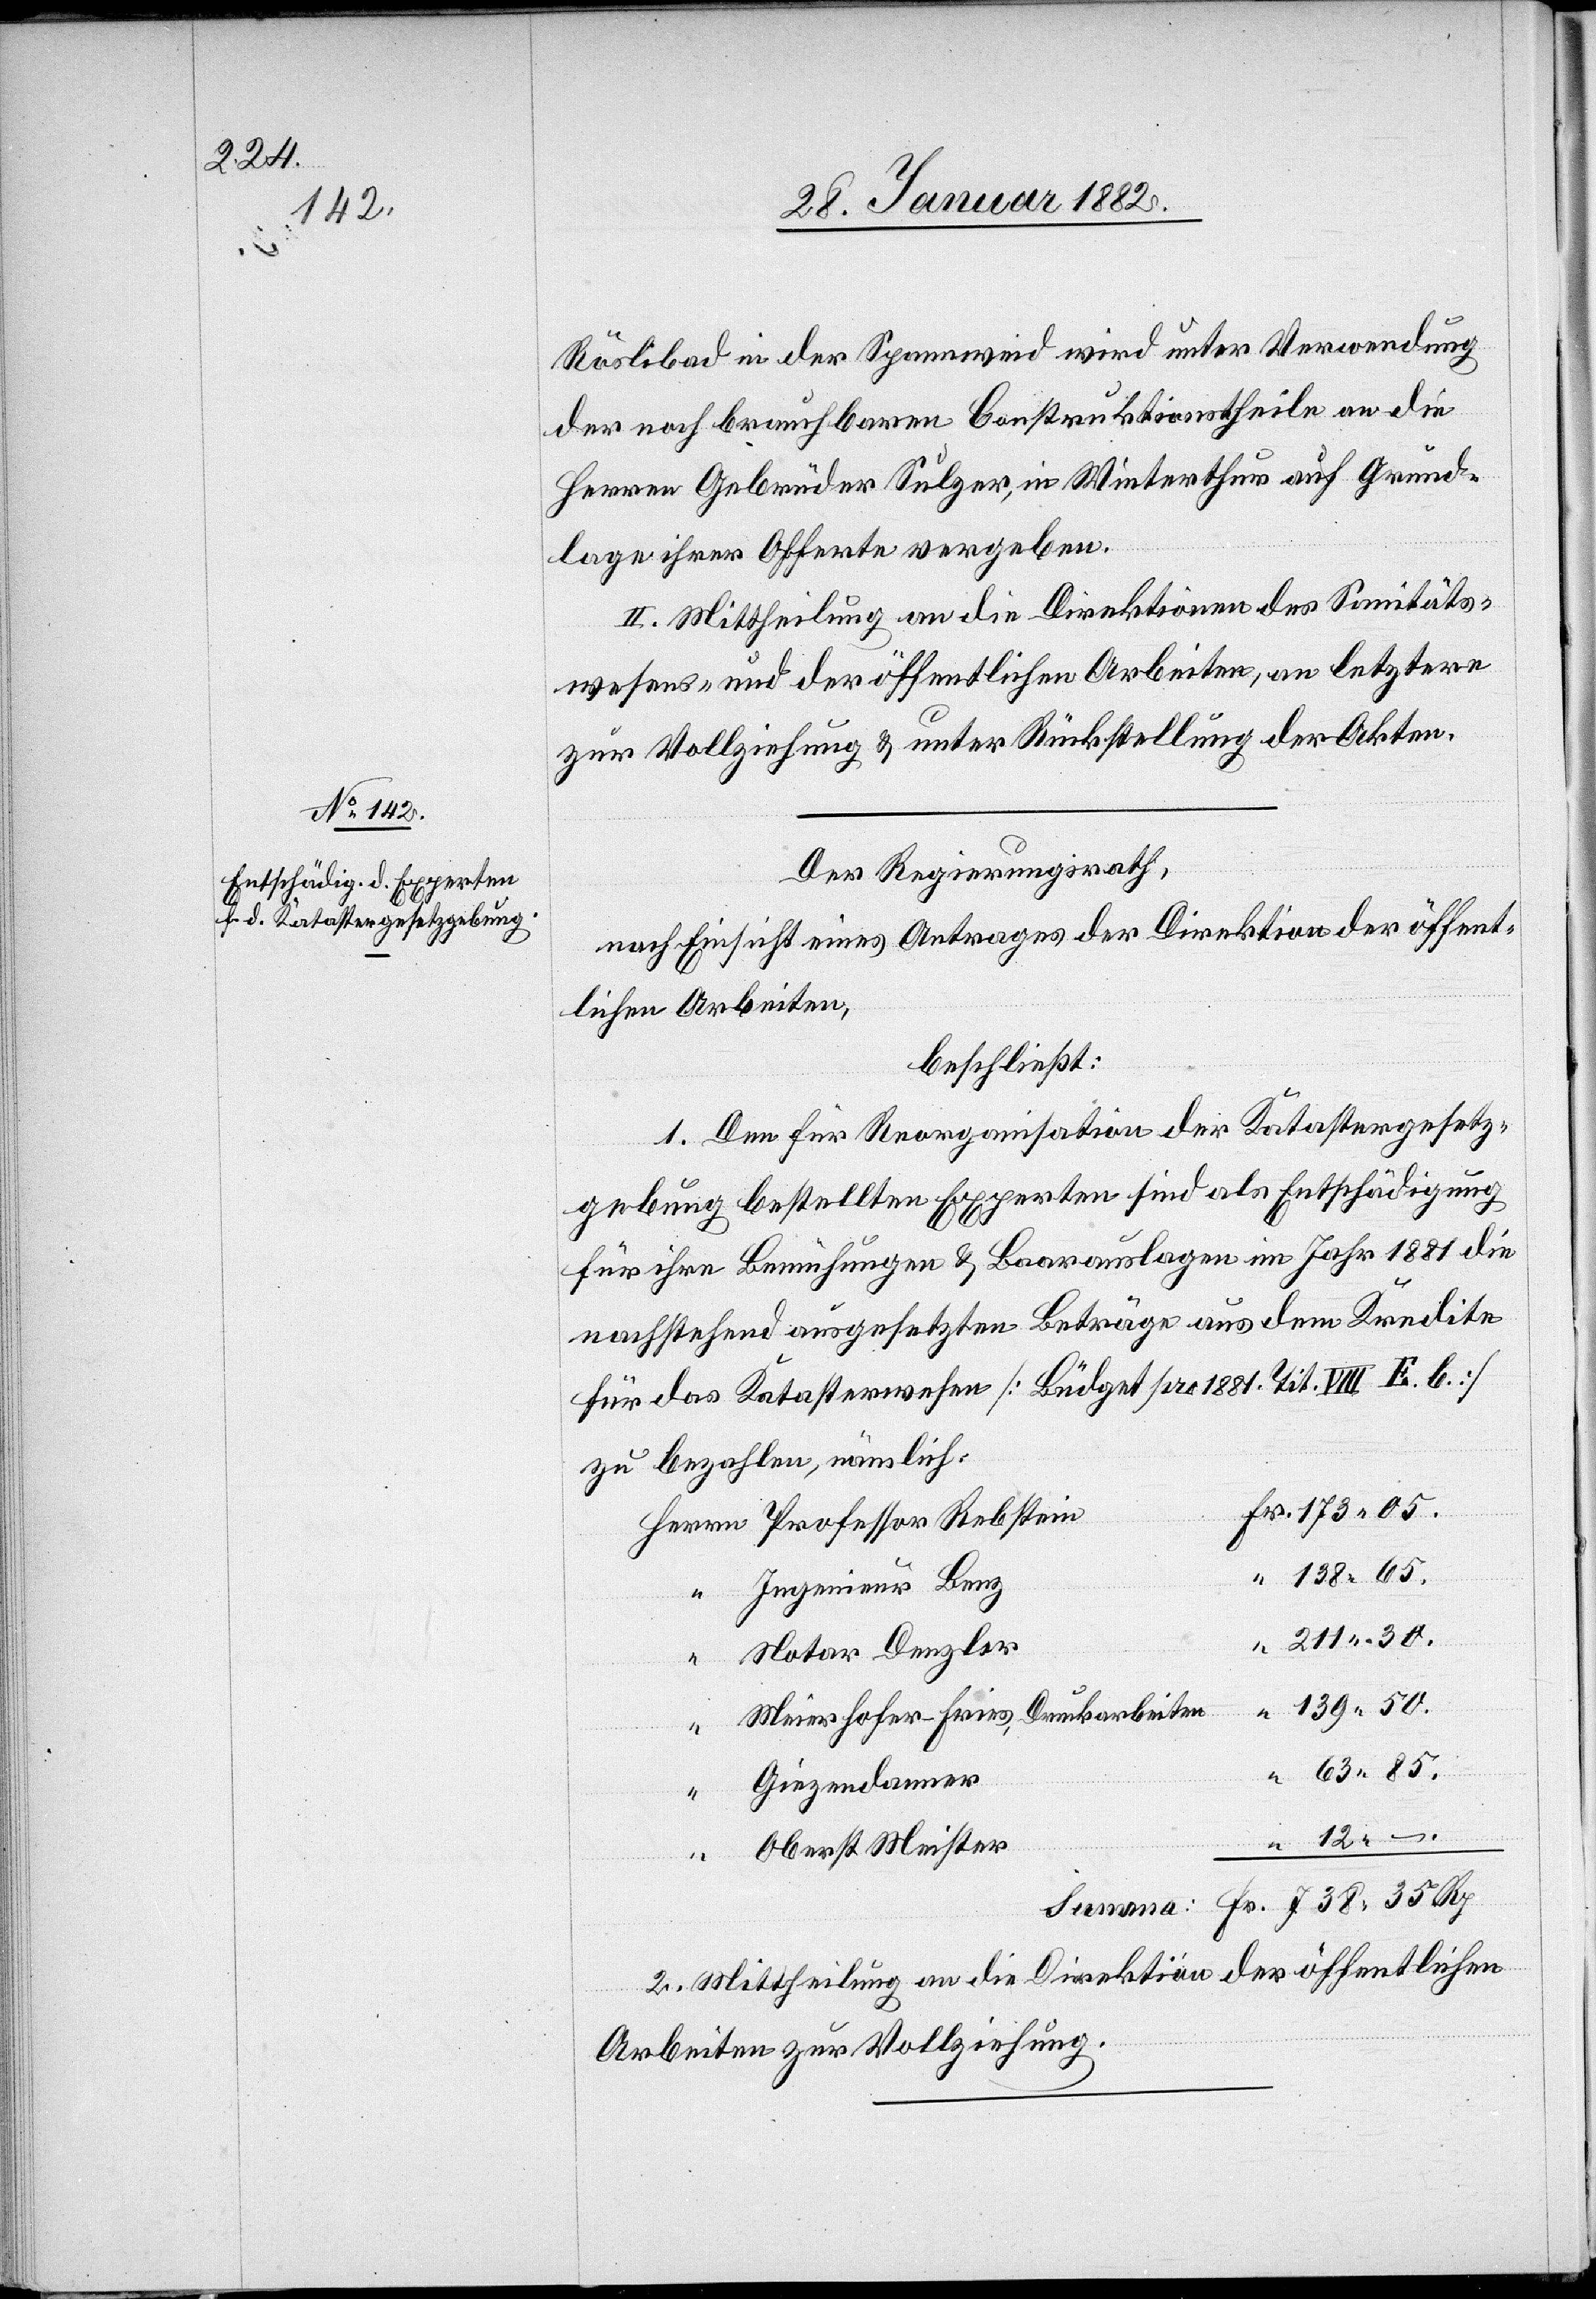
Röslibad in der Spannweid wird unter Verwendung
der noch brauchbaren Construktionstheile an die
Herren Gebrüder Sulzer, in Winterthur auf Grund¬
lage ihrer Offerte vergeben.
II. Mittheilung an die Direktion des Sanitäts¬
wesens- und der öffentlichen Arbeiten, an letztere
zur Vollziehung & unter Rückstellung der Akten.
Der Regierungsrath,
nach Einsicht eines Antrages der Direktion der öffent¬
lichen Arbeiten,
beschließt:
1. Den für Reorganisation der Katastergesetz¬
gebung bestellten Experten sind als Entschädigung
für ihre Bemühungen & Baarauslagen im Jahr 1881 die
nachstehend ausgesetzten Beträge aus dem Kredite
für das Katasterwesen [Büdget pro 1881. Tit. VIII E. b.]
zu bezahlen, nämlich:
Fr.738 35.
“ 138. 65
Ingenieur Benz
“ 211. 30.
Notar Denzler
“ 139. 50
Meier Hofer-Freis, Druckarbeiten
63. 85.
“
Giezendanner
“
“ 12. –
Oberst Meister
2. Mittheilung an die Direktion der öffentlichen
Arbeiten zur Vollziehung.